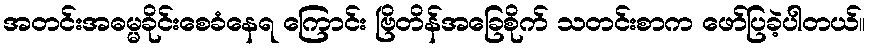
အတင်းအဓမ္မခိုင်းစေခံနေရ ကြောင်း ဗြိတိန်အခြေစိုက် သတင်းစာက ဖော်ပြခဲ့ပါတယ်။